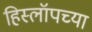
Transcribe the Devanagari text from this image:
हिस्लॉपच्या